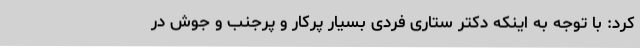
کرد: با توجه به اینکه دکتر ستاری فردی بسیار پرکار و پرجنب و جوش در